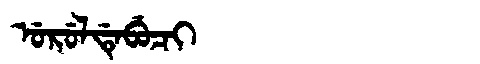
Manchu: ᡠᡵᡠᠯᡩᡝᠪᡠᠴᡳ
Romanization: URULDEBUCI